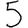
Digit: 5